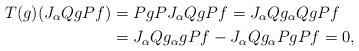
LaTeX: \begin{align*} T(g)(J_{\alpha}QgPf)&=PgPJ_{\alpha}QgPf =J_{\alpha}Qg_{\alpha}QgPf\\ &=J_{\alpha}Qg_{\alpha}gPf-J_{\alpha}Qg_{\alpha}PgPf=0,\end{align*}